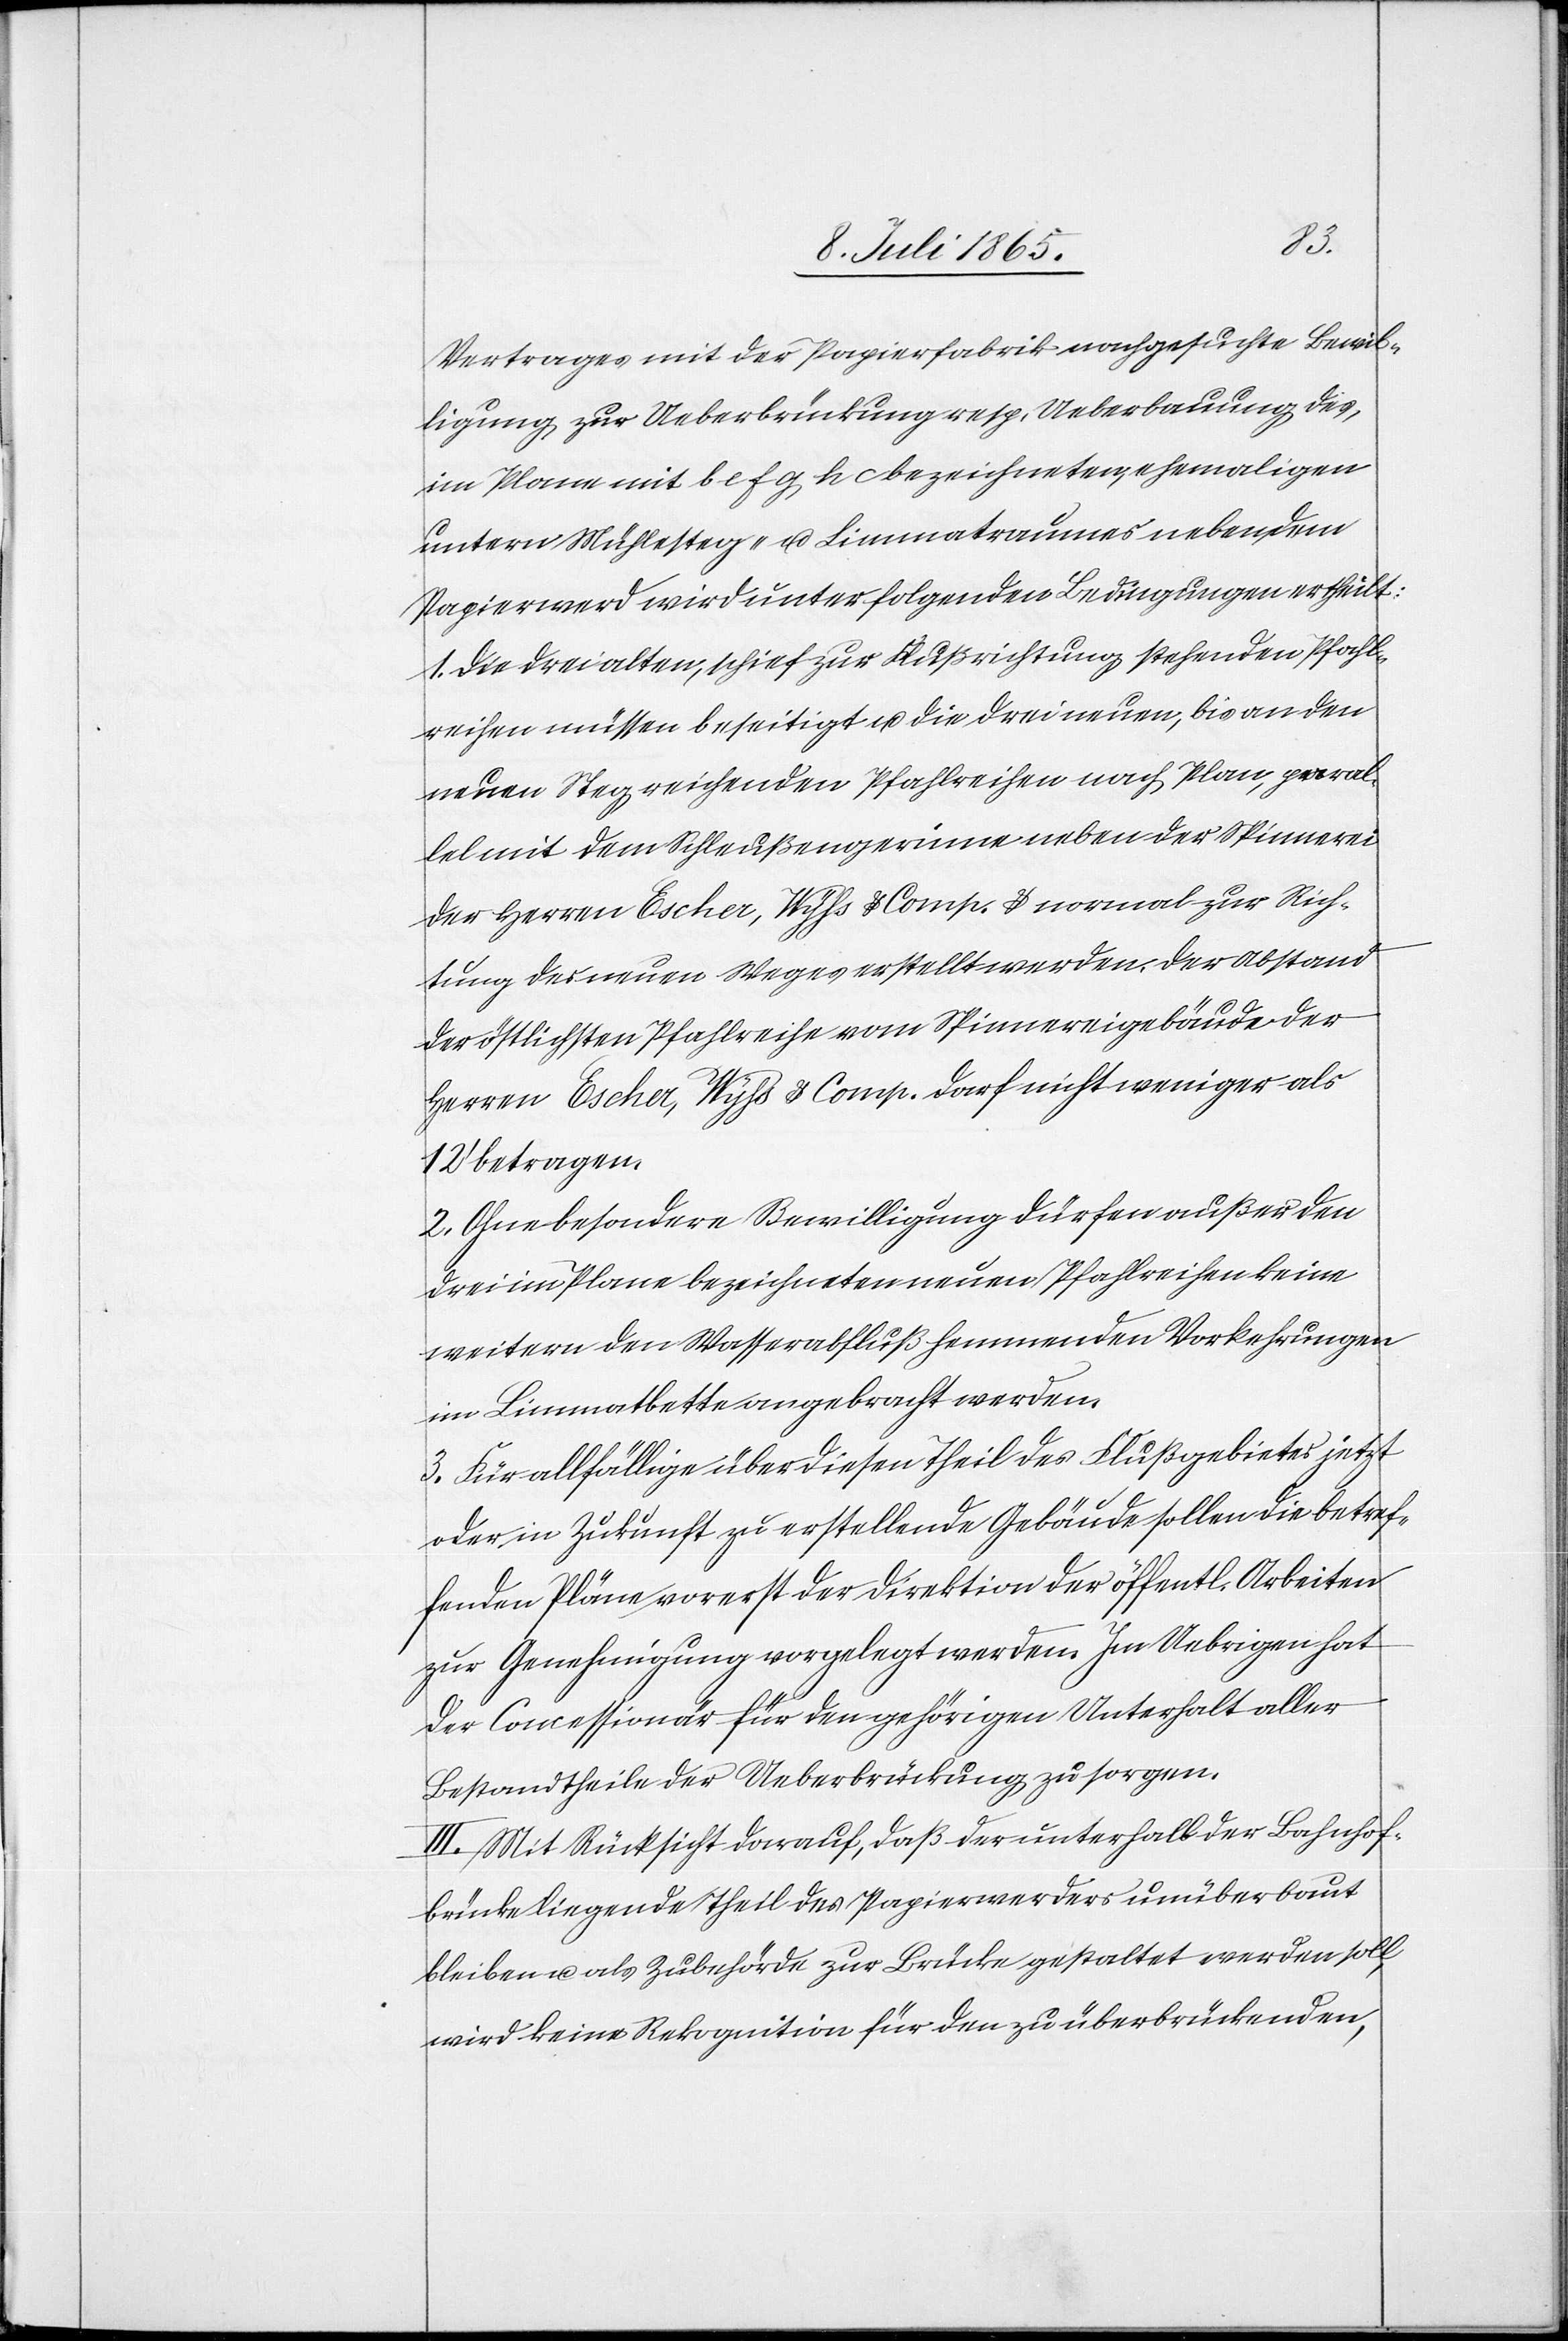
Vertrages mit der Papierfabrik nachgesuchte Bewil¬
ligung zur Ueberbrückung resp. Ueberbauung des,
im Plane mit b e f g g c bezeichneten, ehemaligen
untern Mühlesteg- u. Limmatraumes neben dem
Papierwerd wird unter folgenden Bedingungen ertheilt:
1. Die drei alten, schief zur Flußrichtung stehenden Pfahl¬
reihen müssen beseitigt u. die drei neuen, bis an den
neuen Steg reichenden Pfahlreihen nach Plan, p[?a]ral¬
lel mit dem Schleußengerinne neben der Spinnerei
der Herren Escher, Wyss u. Comp. u. normal zur Rich¬
tung des neuen Weges erstellt werden. Der Abstand
der östlichsten Pfahlreihe vom Spinnereigebäude der
Herren Escher, Wyss u. Comp. darf nicht weniger als
12’ betragen.
2.Ohne besondere Bewilligung dürfen außer den
drei im Plane bezeichneten neuen Pfahlreihen keine
weitern den Wasserabfluß hemmenden Vorkehrungen
im Limmatbette angebracht werden.
3. Für allfällige über diesen Theil des Flußgebietes jetzt
oder in Zukunft zu erstellende Gebäude sollen die betref¬
fenden Pläne vorerst der Direktion der öffentl. Arbeiten
zur Genehmigung vorgelegt werden. Im Uebrigen hat
der Concessionär für den gehörigen Unterhalt aller
Bestandtheile der Ueberbrückung zu sorgen.
III. Mit Rücksicht darauf, daß der unterhalb der Bahnhof¬
brücke liegende Theil des Papierwerders unüberbaut
bleiben u. als Zubehörde zur Brücke gestaltet werden soll,
wird keine Rekognition für den zu überbrückenden,